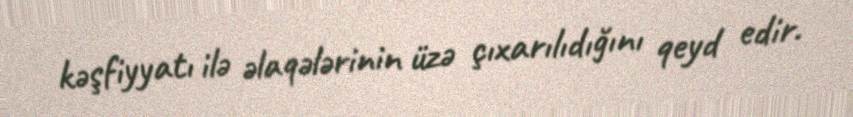
kəşfiyyatı ilə əlaqələrinin üzə çıxarılıdığını qeyd edir.